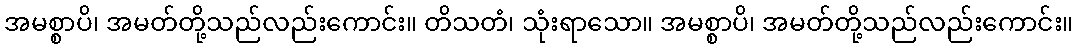
အမစ္စာပိ၊ အမတ်တို့သည်လည်းကောင်း။ တိသတံ၊ သုံးရာသော။ အမစ္စာပိ၊ အမတ်တို့သည်လည်းကောင်း။